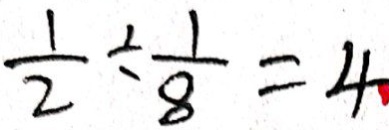
\frac { 1 } { 2 } \div \frac { 1 } { 8 } = 4